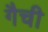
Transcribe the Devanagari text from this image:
गैची